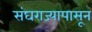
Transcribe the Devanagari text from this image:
संघराज्यापासून